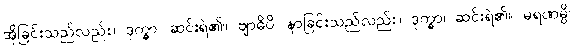
အိုခြင်းသည်လည်း။ ဒုက္ခာ၊ ဆင်းရဲ၏။ ဗျာဓိပိ၊ နာခြင်းသည်လည်း။ ဒုက္ခာ၊ ဆင်းရဲ၏။ မရဏမ္ပိ၊